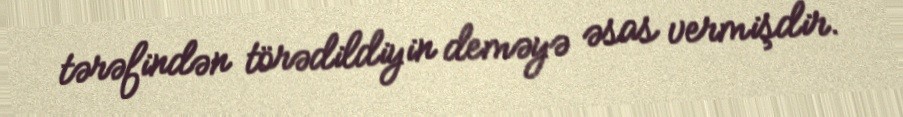
tərəfindən törədildiyin deməyə əsas vermişdir.